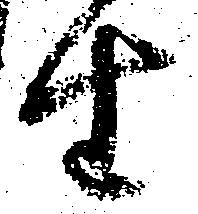
生